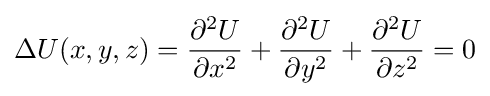
\Delta U(x,y,z)={\frac {\partial ^{2}U}{\partial x^{2}}}+{\frac {\partial ^{2}U}{\partial y^{2}}}+{\frac {\partial ^{2}U}{\partial z^{2}}}=0